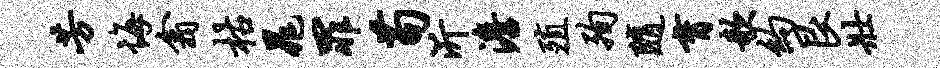
芳悔翕枯晁罪苟沂澹殖殉随育欹约艮壮